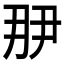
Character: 𬼋